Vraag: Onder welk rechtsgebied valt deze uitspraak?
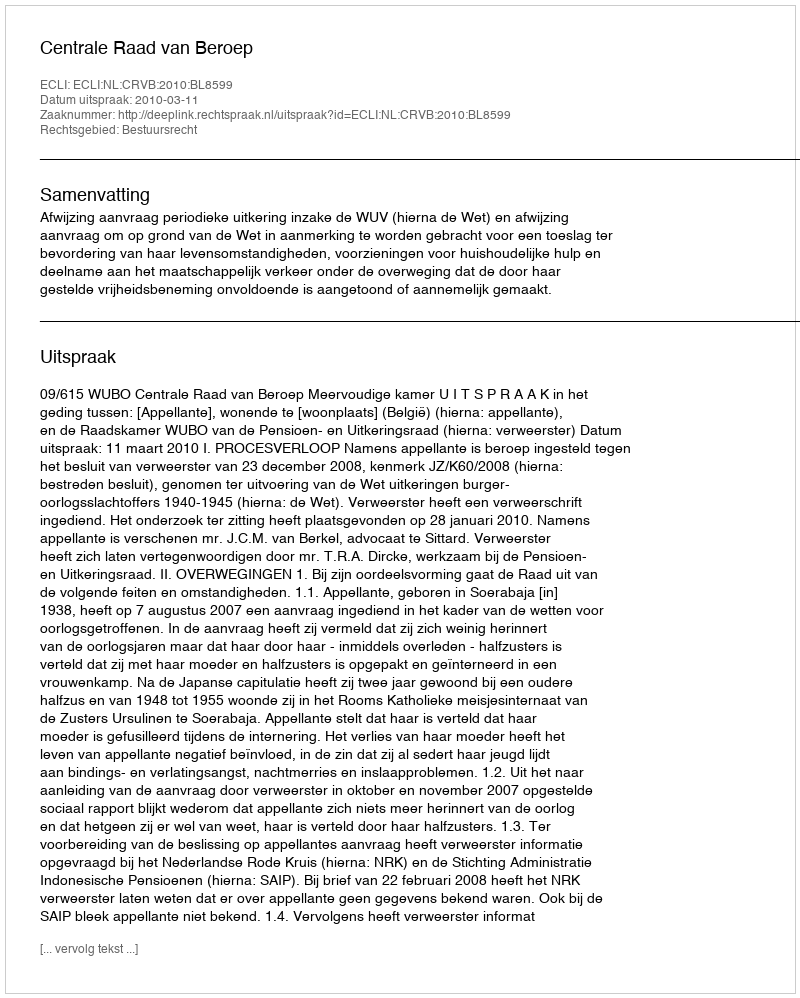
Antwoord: Bestuursrecht